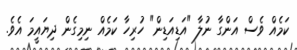
ކަމެއް ވެސް އަންގާ ނުލާ "އަޑިއަޑިން" ހުރިހާ ކަމެއް ނިމިގެން ދިޔައީމަ އެވެ.